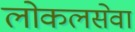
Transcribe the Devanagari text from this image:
लोकलसेवा